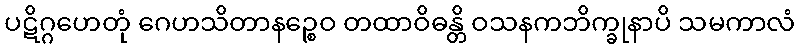
ပဋိဂ္ဂဟေတုံ ဂေဟသိတာနဉ္စေဝ တထာဝိဓန္တိ ဝသနကဘိက္ခုနာပိ သမကာလံ